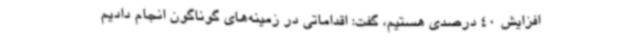
افزایش 40 درصدی هستیم، گفت: اقداماتی در زمینه‌های گوناگون انجام دادیم